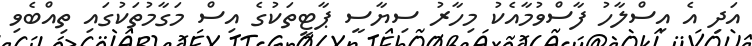
އަދި އެ އިސްލާހު ފާސްވުމާއެކު މިހާރު ސިޔާސީ ޕާޓީތަކުގެ އިސް މަގާމުތަކުގައި ތިއްބެވި